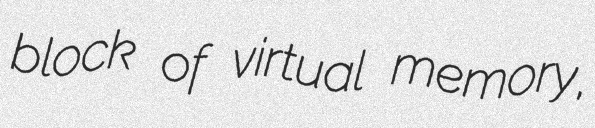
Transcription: block of virtual memory,